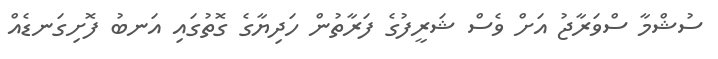
ސުޝްމާ ސްވަރާޖު އަށް ވެސް ޝަރީފުގެ ފަރާތުން ހަދިޔާގެ ގޮތުގައި އަނބު ފޮށިގަނޑެއް